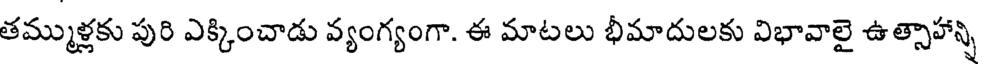
తమ్ముళ్లకు పురి ఎక్కించాడు వ్యంగ్యంగా. ఈ మాటలు భీమాదులకు విభావాలై ఉత్సాహాన్ని